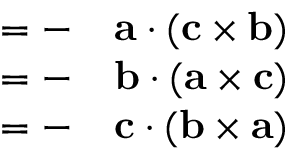
\begin{array} { r l } { = - } & { { } \mathbf { a } \cdot ( \mathbf { c } \times \mathbf { b } ) } \\ { = - } & { { } \mathbf { b } \cdot ( \mathbf { a } \times \mathbf { c } ) } \\ { = - } & { { } \mathbf { c } \cdot ( \mathbf { b } \times \mathbf { a } ) } \end{array}